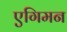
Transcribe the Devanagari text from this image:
एगिमन